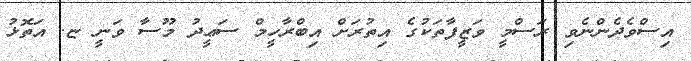
އިސްވެދެންނެވި ރަސްމީ ވަޒީފާތަކުގެ އިތުރަށް އިބްރާހީމް ސަޢީދު މޫސާ ވަނީ ޏ. އަތޮޅު